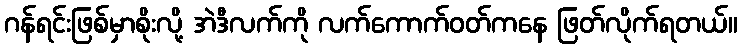
ဂန်ရင်းဖြစ်မှာစိုးလို့ အဲဒီလက်ကို လက်ကောက်ဝတ်ကနေ ဖြတ်လိုက်ရတယ်။